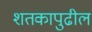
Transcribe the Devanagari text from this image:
शतकापुढील